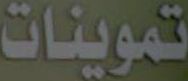
تموينات